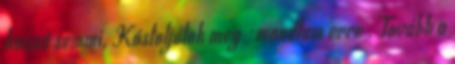
hozzá semmi. Kóstoljátok meg -mondtam erre . Tovább a